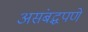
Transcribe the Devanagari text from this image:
असंबद्धपणे